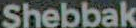
Shebbak